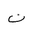
Letter: _non